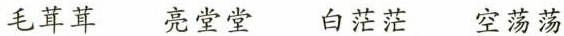
毛茸茸 亮堂堂 白茫茫 空荡荡